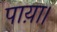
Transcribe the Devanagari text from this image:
पाय़ा।